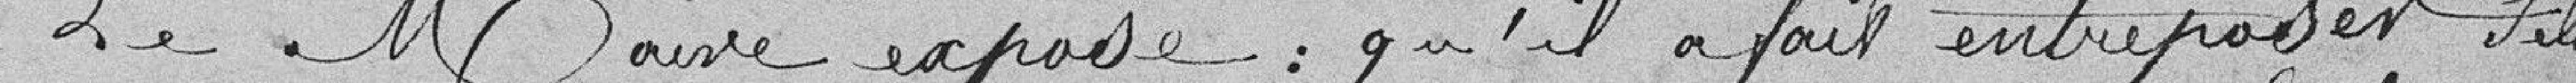
Le Maire expose : qu'il a fait entreposer selon